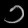
Digit: ၁